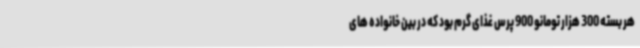
هر بسته 300 هزار تومانو 900 پرس غذای گرم بود که در بین خانواده های